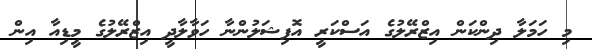
މި ހަމަލާ ދިންކަން އިޒްރޭލުގެ އަސްކަރީ އޮފިޝަލުންނާ ހަވާލާދީ އިޒްރޭލުގެ މީޑިއާ އިން